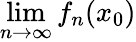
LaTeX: \operatorname*{lim}_{n\to\infty}f_{n}(x_{0})